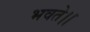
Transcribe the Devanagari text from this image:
भवते।।